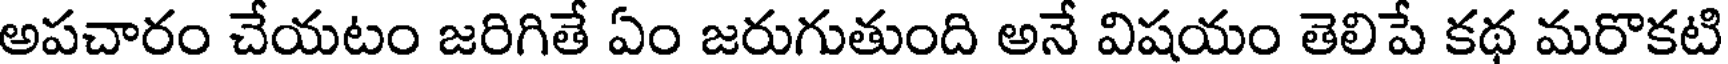
అపచారం చేయటం జరిగితే ఏం జరుగుతుంది అనే విషయం తెలిపే కథ మరొకటి